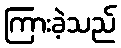
ကြားခဲ့သည်